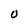
Character: O